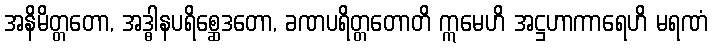
အနိမိတ္တတော, အဒ္ဓါနပရိစ္ဆေဒတော, ခဏပရိတ္တတောတိ ဣမေဟိ အဋ္ဌဟာကာရေဟိ မရဏံ